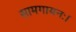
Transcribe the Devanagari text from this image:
सामगायनः।